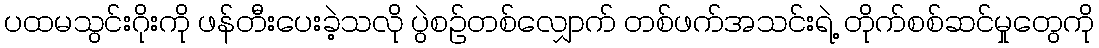
ပထမသွင်းဂိုးကို ဖန်တီးပေးခဲ့သလို ပွဲစဉ်တစ်လျှောက် တစ်ဖက်အသင်းရဲ့ တိုက်စစ်ဆင်မှုတွေကို